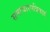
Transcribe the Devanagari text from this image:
समाचारपत्रिकाएं